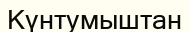
Күнтумыштан